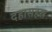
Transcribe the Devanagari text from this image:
दहासहस्र